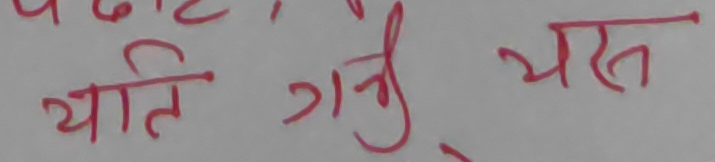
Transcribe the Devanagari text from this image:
याति गन्नु यस